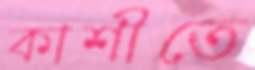
কাশীতে